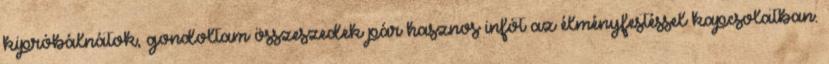
kipróbálnátok, gondoltam összeszedek pár hasznos infót az élményfestéssel kapcsolatban.